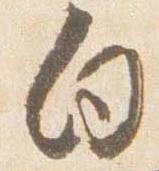
向